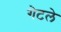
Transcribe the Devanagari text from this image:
गेटले